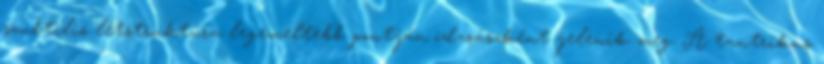
szubtilis létstruktúra legemeltebb pontján ódzsászként jelenik meg. A tantrikus